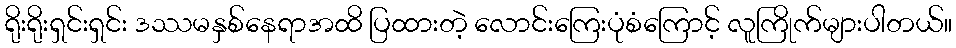
ရိုးရိုးရှင်းရှင်း ဒဿမနှစ်နေရာအထိ ပြထားတဲ့ လောင်းကြေးပုံစံကြောင့် လူကြိုက်များပါတယ်။